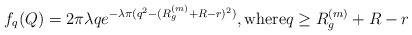
\begin{align*}f_q(Q)=2\pi\lambda q e^{-\lambda \pi (q^2-(R_g^{(m)}+R-r)^2)}, \mathrm{ where } q\geq R_g^{(m)}+R-r\end{align*}